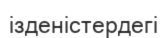
ізденістердегі